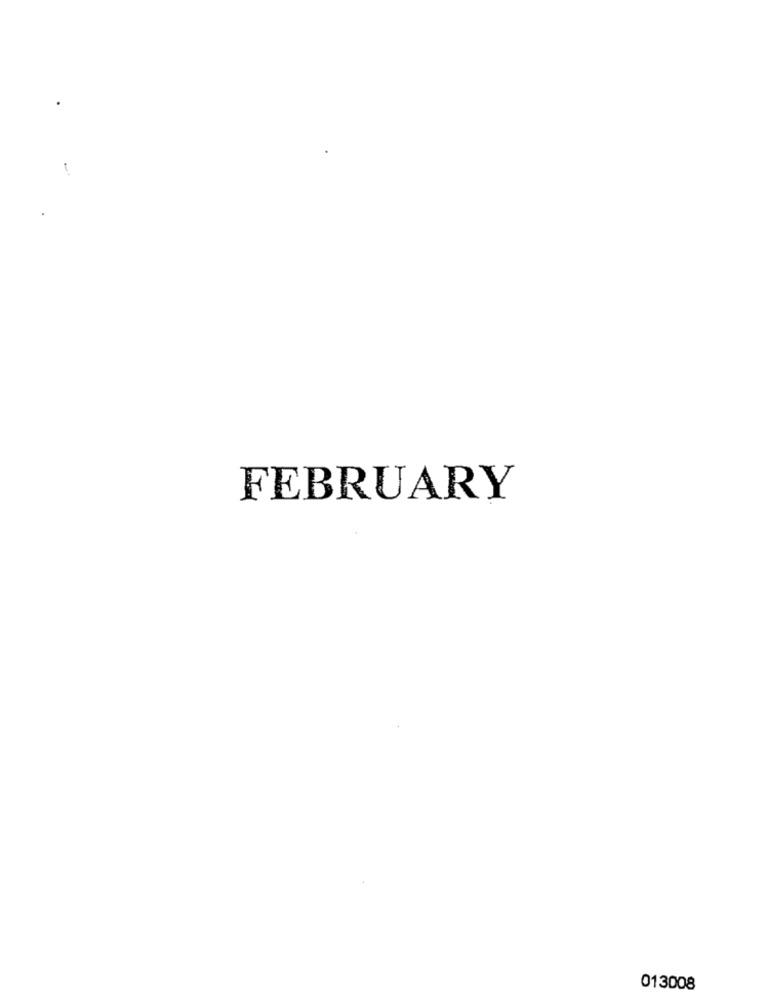
FEBRUARY
013008